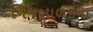
નિજબાળકના